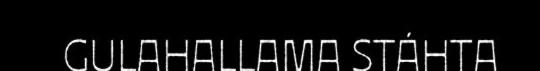
GULAHALLAMA STÁHTA